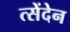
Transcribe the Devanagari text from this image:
त्सेंदेन